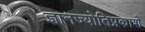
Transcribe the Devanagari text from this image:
ज्ञानज्योतिप्रकाशे